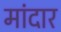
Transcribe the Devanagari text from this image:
मांदार